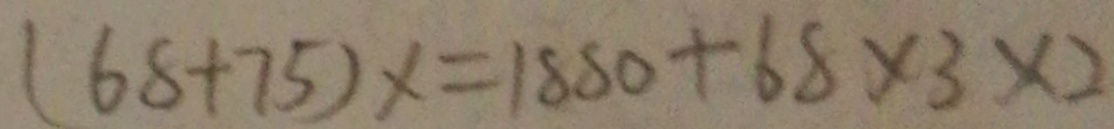
( 6 8 + 7 5 ) x = 1 8 8 0 + 6 8 \times 3 \times 2